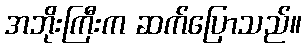
အဘိုးကြီးက ဆက်ပြောသည်။